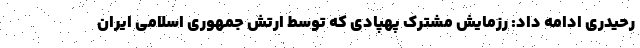
رحیدری ادامه داد: رزمایش مشترک پهپادی که توسط ارتش جمهوری اسلامی ایران